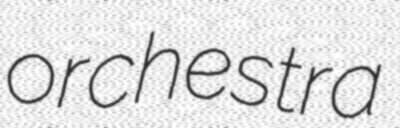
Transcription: orchestra